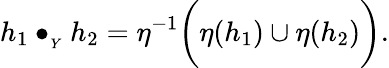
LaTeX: h_{1}\bullet_{{}_{Y}}h_{2}=\eta^{-1}\bigg(\eta(h_{1})\cup\eta(h_{2})\bigg).